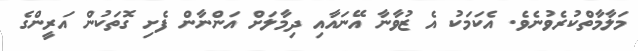
މަލާމާތްކުރެވުނެވެ. އެކަމަކު އެ ޒުވާނާ އޭނައާއި ދިމާލަށް އަންނާން ފެށި ގޮތަކުން އަރީންގެ